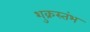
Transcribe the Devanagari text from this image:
शुक्रस्तंभ